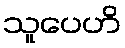
သူပေဟိ